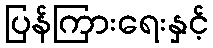
ပြန်ကြားရေးနှင့်